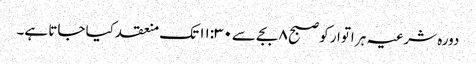
دورہ شرعیہ ہر اتوار کو صبح ۸ بجے سے۱۱:۳۰ تک منعقد کیا جاتا ہے۔